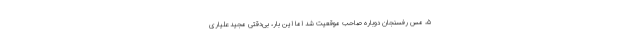
۵، مس رفسنجان دوباره صاحب موقعیت شد اما این بار، بی‌دقتی مجید علیاری